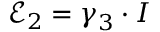
\mathcal { E } _ { 2 } = \boldsymbol { \gamma } _ { 3 } \cdot \boldsymbol { I }